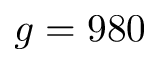
g = 9 8 0